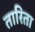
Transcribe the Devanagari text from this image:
तारिता